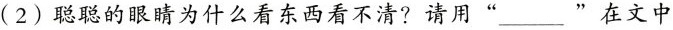
(2)聪聪的眼睛为什么看东西看不清?请用”___”在文中